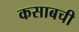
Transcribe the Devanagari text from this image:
कसाबची